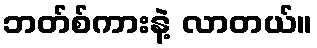
ဘတ်စ်ကားနဲ့ လာတယ်။